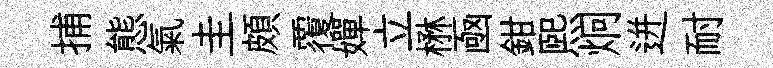
捕態氣圭頗覆嬋立楙凾鉗煕炯迸耐